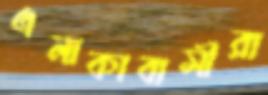
এলাকাবাসীরা